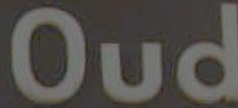
Oud